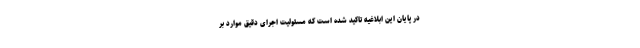
در پایان این ابلاغیه تاکید شده است که مسئولیت اجرای دقیق موارد بر